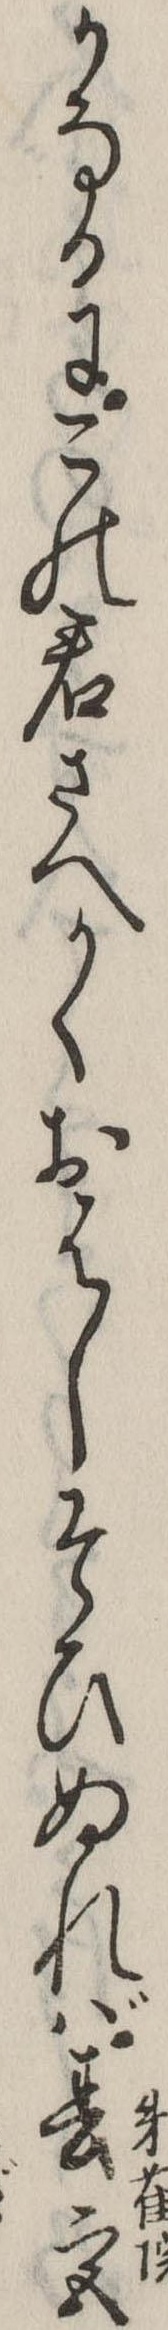
かなるにこの君さへかくおはしそひぬれば春宮